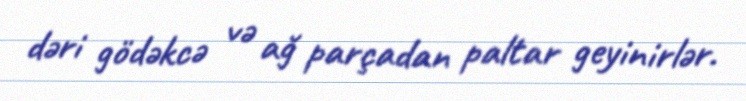
dəri gödəkcə və ağ parçadan paltar geyinirlər.